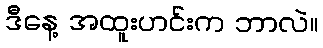
ဒီနေ့ အထူးဟင်းက ဘာလဲ။